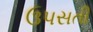
ઉપસતી